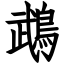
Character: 鵡